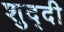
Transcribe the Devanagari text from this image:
शुद्दी